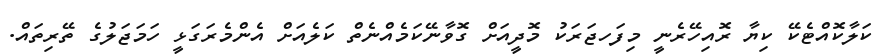
ކަލާކޮއްޓެކޭ ކިޔާ ރޮއިހޭރެނީ މިފަހޖަރަކު މޮދީއަށް ގޮވާނޭކަމެއްނެތް ކަލެއަށް އެންމެރަގަޅީ ހަމަޖަލުގެ ތޭރިތައް.